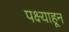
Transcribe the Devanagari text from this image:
पक्ष्याहून